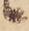
候